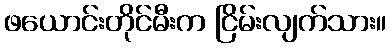
ဖယောင်းတိုင်မီးက ငြိမ်းလျက်သား။